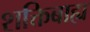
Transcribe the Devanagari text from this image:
शक्तिबाह्य